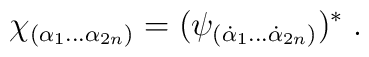
\chi_{(\alpha_1\ldots \alpha_{2n})} = (\psi_{(\dot\alpha_1\ldots \dot\alpha_{2n})})^* \;.